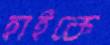
হাইকে